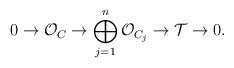
LaTeX: \begin{align*} 0 \rightarrow \mathcal{O}_C \rightarrow \bigoplus_{j=1}^n\mathcal{O}_{C_j} \rightarrow \mathcal{T} \rightarrow 0.\end{align*}